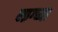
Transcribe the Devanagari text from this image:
माग्च्या